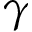
\gamma